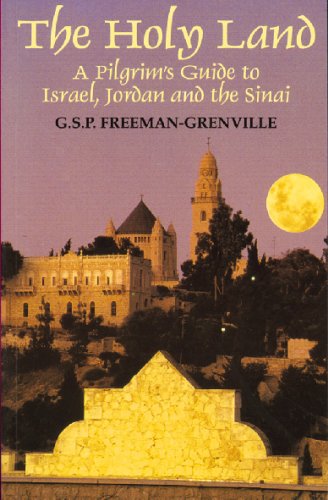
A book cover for The Holy Land: A Pilgrim's Guide; G. S. P. Freeman-Grenville; Travel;